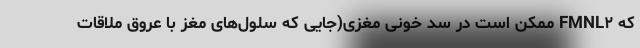
که FMNL۲ ممکن است در سد خونی مغزی(جایی که سلول‌های مغز با عروق ملاقات